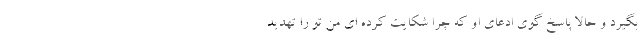
بگیرد و حالا پاسخ گوی ادعای او که چرا شکایت کرده ای من تو را تهدید